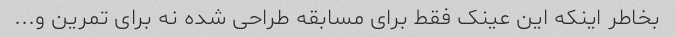
بخاطر اینکه این عینک فقط برای مسابقه طراحی شده نه برای تمرین و...